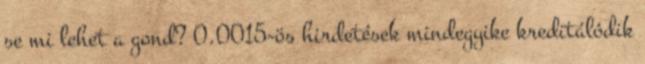
se mi lehet a gond? 0.0015-ös hirdetések mindegyike kreditálódik